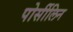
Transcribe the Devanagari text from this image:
पोर्सीलिन